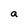
Character: a